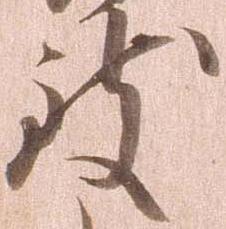
致